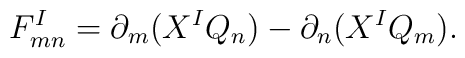
F^I_{mn} =\partial_m(X^IQ_n)-\partial_n(X^IQ_m).